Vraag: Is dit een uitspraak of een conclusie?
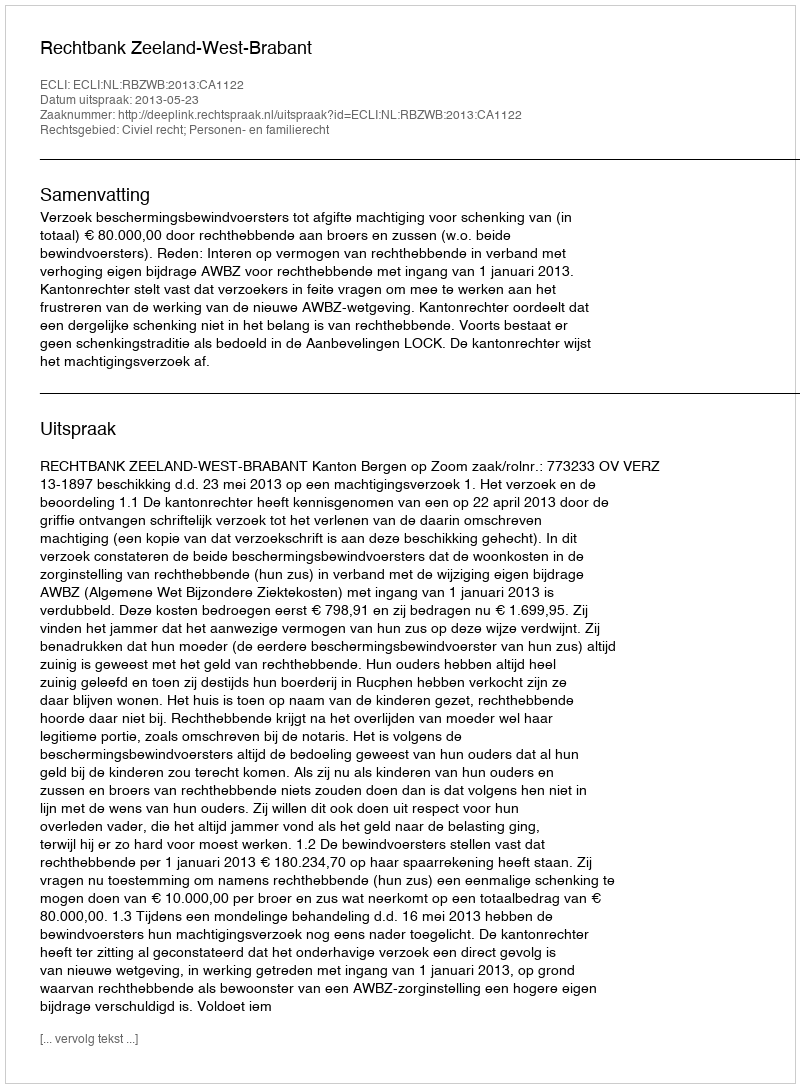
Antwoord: Uitspraak